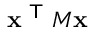
\mathbf { x } ^ { \textsf { T } } M \mathbf { x }